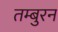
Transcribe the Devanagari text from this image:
तम्बुरन